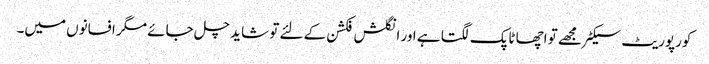
کورپوریٹ سیکٹر مجھے تو اچھا ٹاپک لگتا ہے اور انگلش فکشن کے لئے تو شاید چل جائے مگر افسانوں میں۔